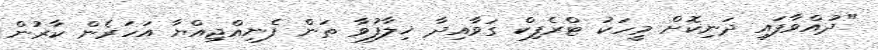
"ދުއްވާފައި ދަނިކޮށް މީހަކު ޓްރެފިކް ގަވާއިދާ ޚިލާފުވާ ތަން ފެނިއްޖިއްޔާ އަހަރެން ކާރުން